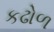
કઢોળ